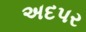
અદપર